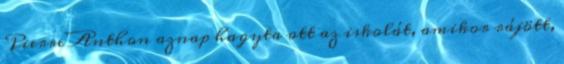
Pierre Anthon aznap hagyta ott az iskolát, amikor rájött,